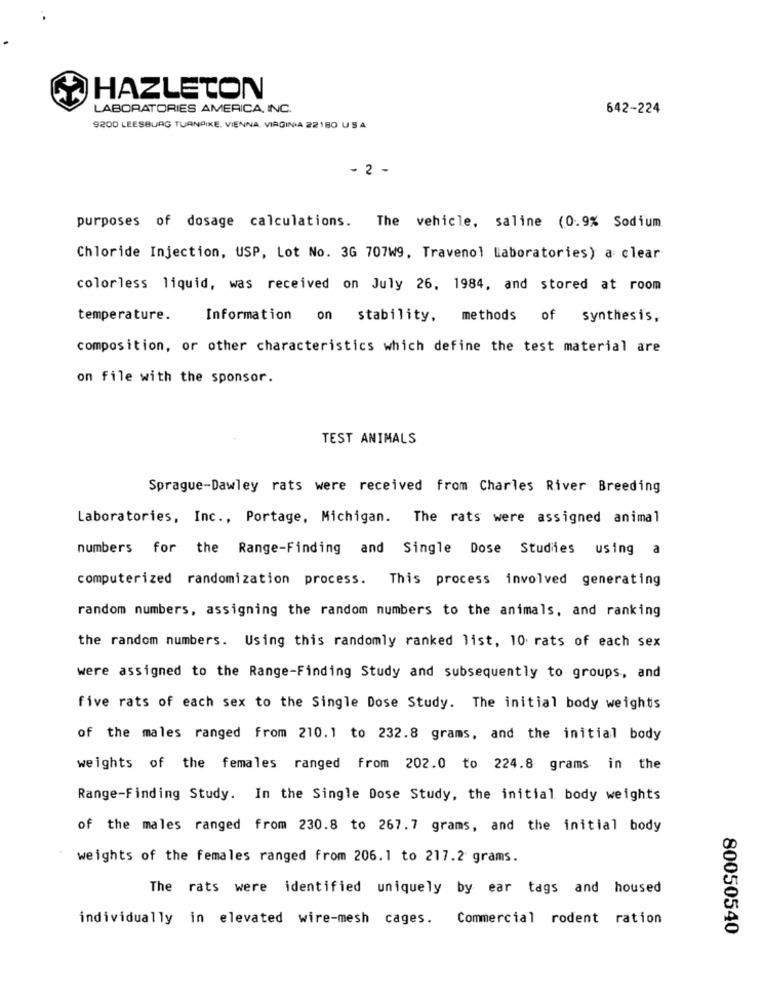
HAZLETON
LABORATORIES AMERICA, INC.
642-224
9200 LEESBURG TURNPIKE, VIENNA, VIRGINIA 22180 USA
- 2 -
purposes of dosage calculations. The vehicle, saline (0.9% Sodium
Chloride Injection, USP, Lot No. 3G 707W9, Travenol Laboratories) a clear
colorless liquid, was received on July 26, 1984, and stored at room
temperature.
Information on stability,
methods of synthesis,
composition, or other characteristics which define the test material are
on file with the sponsor.
TEST ANIMALS
Sprague-Dawley rats were received from Charles River Breeding
Laboratories, Inc ., Portage, Michigan. The rats were assigned animal
numbers for the Range-Finding and Single Dose Studies using a
computerized randomization process. This process involved generating
random numbers, assigning the random numbers to the animals, and ranking
the random numbers. Using this randomly ranked list, 10 rats of each sex
were assigned to the Range-Finding Study and subsequently to groups, and
five rats of each sex to the Single Dose Study. The initial body weights
of the males ranged from 210.1 to 232.8 grams, and the initial body
weights of the females ranged from 202.0 to 224.8 grams in the
Range-Finding Study. In the Single Dose Study, the initial body weights
of the males ranged from 230.8 to 267.7 grams, and the initial body
weights of the females ranged from 206.1 to 217.2 grams.
The rats were identified uniquely by ear tags and housed
individually in elevated wire-mesh cages.
Commercial rodent ration
80050540